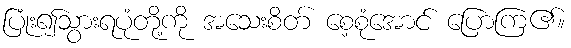
ပြုံး၍သွားရပုံတို့ကို အသေးစိတ် စေ့စုံအောင် ပြောကြ၏။